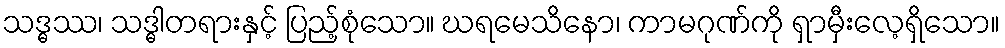
သဒ္ဓဿ၊ သဒ္ဓါတရားနှင့် ပြည့်စုံသော။ ဃရမေသိနော၊ ကာမဂုဏ်ကို ရှာမှီးလေ့ရှိသော။